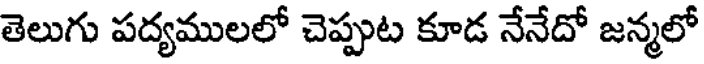
తెలుగు పద్యములలో చెప్పుట కూడ నేనేదో జన్మలో